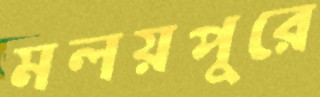
মলয়পুরে